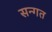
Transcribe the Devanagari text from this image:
सन्गत